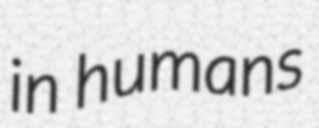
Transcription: in humans